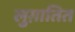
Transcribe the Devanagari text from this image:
लुग़ातित